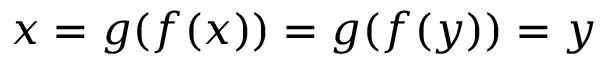
x = g ( f ( x ) ) = g ( f ( y ) ) = y